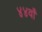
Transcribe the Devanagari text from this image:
४४वाँ